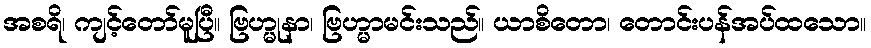
အစရိ၊ ကျင့်တော်မူပြီ။ ဗြဟ္မုနာ၊ ဗြဟ္မာမင်းသည်။ ယာစိတော၊ တောင်းပန်အပ်ထသော။